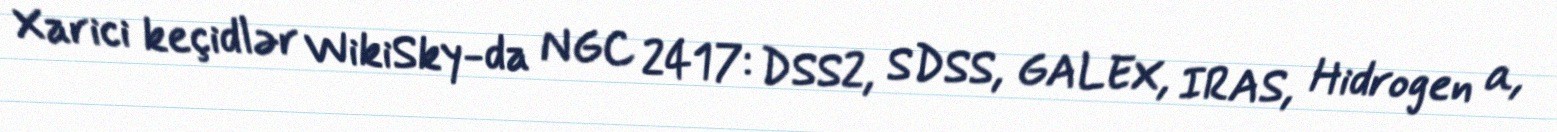
Xarici keçidlər WikiSky-da NGC 2417: DSS2, SDSS, GALEX, IRAS, Hidrogen α,